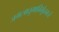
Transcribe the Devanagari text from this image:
जगत्त्रातुमाविर्भूतमजं